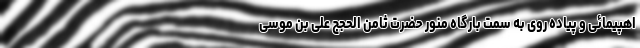
اهپیمائی و پیاده روی به سمت بارگاه منور حضرت ثامن الحجج علی بن موسی